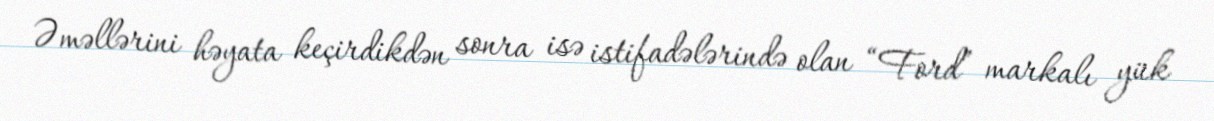
Əməllərini həyata keçirdikdən sonra isə istifadələrində olan “Ford” markalı yük